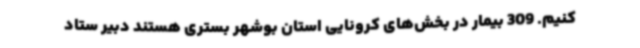
کنیم. 309 بیمار در بخش‌های کرونایی استان بوشهر بستری هستند دبیر ستاد